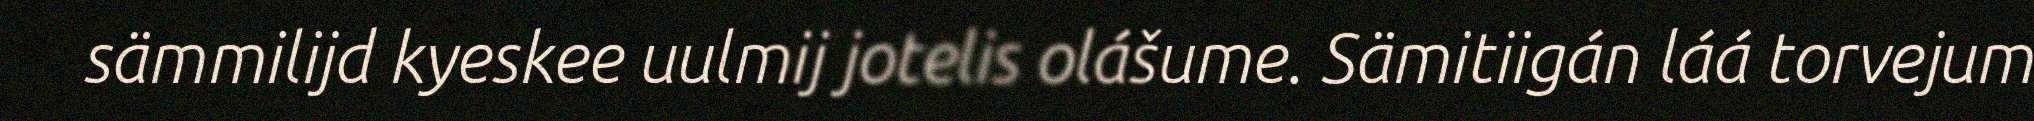
sämmilijd kyeskee uulmij jotelis olášume. Sämitiigán láá torvejum